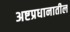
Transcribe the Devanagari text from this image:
अष्टप्रधानातील